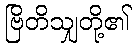
ဗြိတိသျှတို့၏